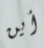
أين